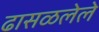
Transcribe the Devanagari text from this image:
ढासळलेले